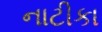
નાટીકા